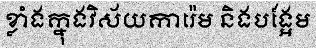
ខ្លាំងក្នុងវិស័យការ៉េម និងបង្អែម